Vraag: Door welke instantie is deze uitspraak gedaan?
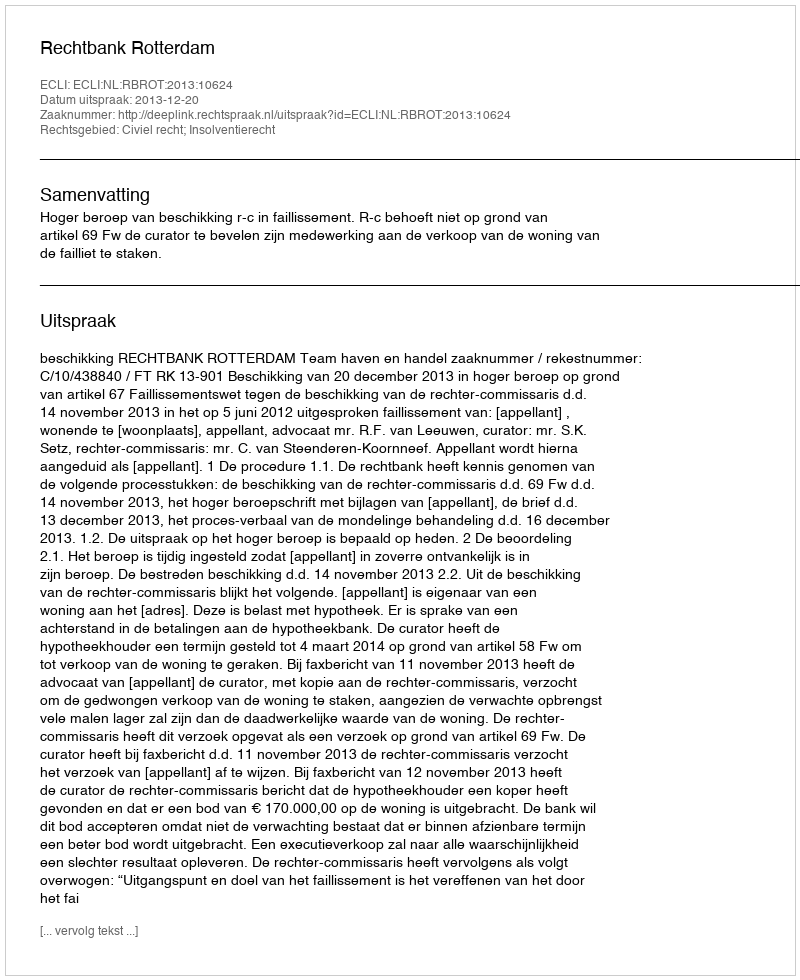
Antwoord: Rechtbank Rotterdam